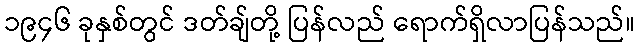
၁၉၄၆ ခုနှစ်တွင် ဒတ်ချ်တို့ ပြန်လည် ရောက်ရှိလာပြန်သည်။